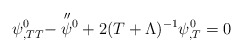
\begin{align*}\psi^{0}_{,TT}-\stackrel{\scriptstyle\prime\prime}{\psi}\hspace{-3.5pt}\vphantom{\psi}^{0}+2(T+\Lambda)^{-1}\psi^{0}_{,T}=0\end{align*}